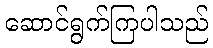
ဆောင်ရွက်ကြပါသည်